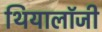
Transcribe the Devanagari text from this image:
थियालॉजी